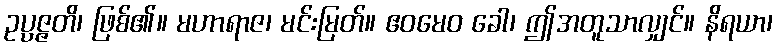
ဥပ္ပဇ္ဇတိ၊ ဖြစ်၏။ မဟာရာဇ၊ မင်းမြတ်။ ဧဝမေဝ ခေါ၊ ဤအတူသာလျှင်။ နိရယာ၊